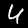
Digit: 4